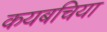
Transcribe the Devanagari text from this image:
कयबचिया